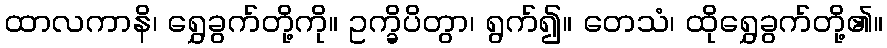
ထာလကာနိ၊ ရွှေခွက်တို့ကို။ ဥက္ခိပိတွာ၊ ရွက်၍။ တေသံ၊ ထိုရွှေခွက်တို့၏။